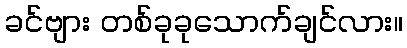
ခင်ဗျား တစ်ခုခုသောက်ချင်လား။